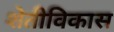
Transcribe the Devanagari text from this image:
शेतीविकास